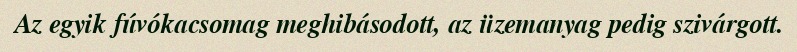
Az egyik fúvókacsomag meghibásodott, az üzemanyag pedig szivárgott.